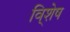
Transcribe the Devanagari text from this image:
वि्शेष